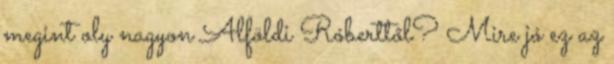
megint oly nagyon Alföldi Róberttől? Mire jó ez az